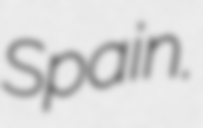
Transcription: Spain.